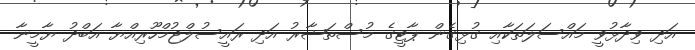
އަދި ވިދާޅުވީ މައްސަލަތަކާއި ގުޅިގެން ޕާޓީގެ މުސްތަޝާރު އަދި ރައީސުލްޖުމްހޫރިއްޔާ އަބްދު ޔާމީނާ